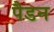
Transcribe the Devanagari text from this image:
पैडन